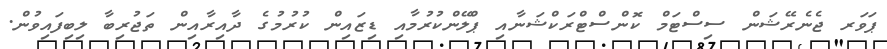
ޕަވަރ ޖެނެރޭޝަން ސިސްޓަމް ކޮންސްޓްރަކްޝަނާއި ޕްލޭންކުރުމާއި ޑިޒައިން ކުރުމުގެ ދާއިރާއިން ތަޖުރިބާ ލިބިފައިވުން.